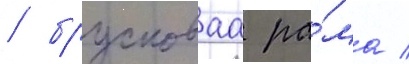
/ брусковаа ра́ма /